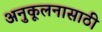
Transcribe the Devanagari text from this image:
अनुकूलनासाठी